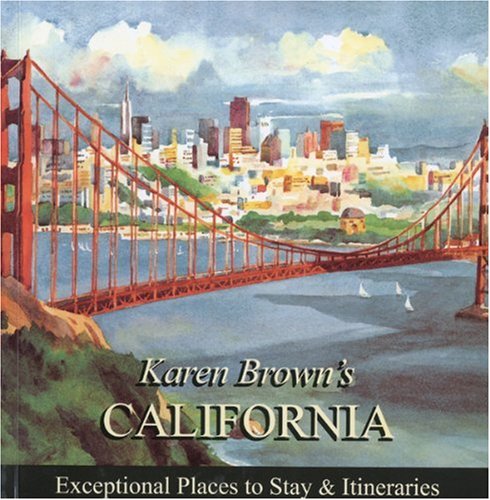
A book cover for Karen Brown's California 2010: Exceptional Places to Stay & Itineraries (Karen Brown's California: Exceptional Places to Stay & Itineraries); June Eveleigh Brown; Travel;